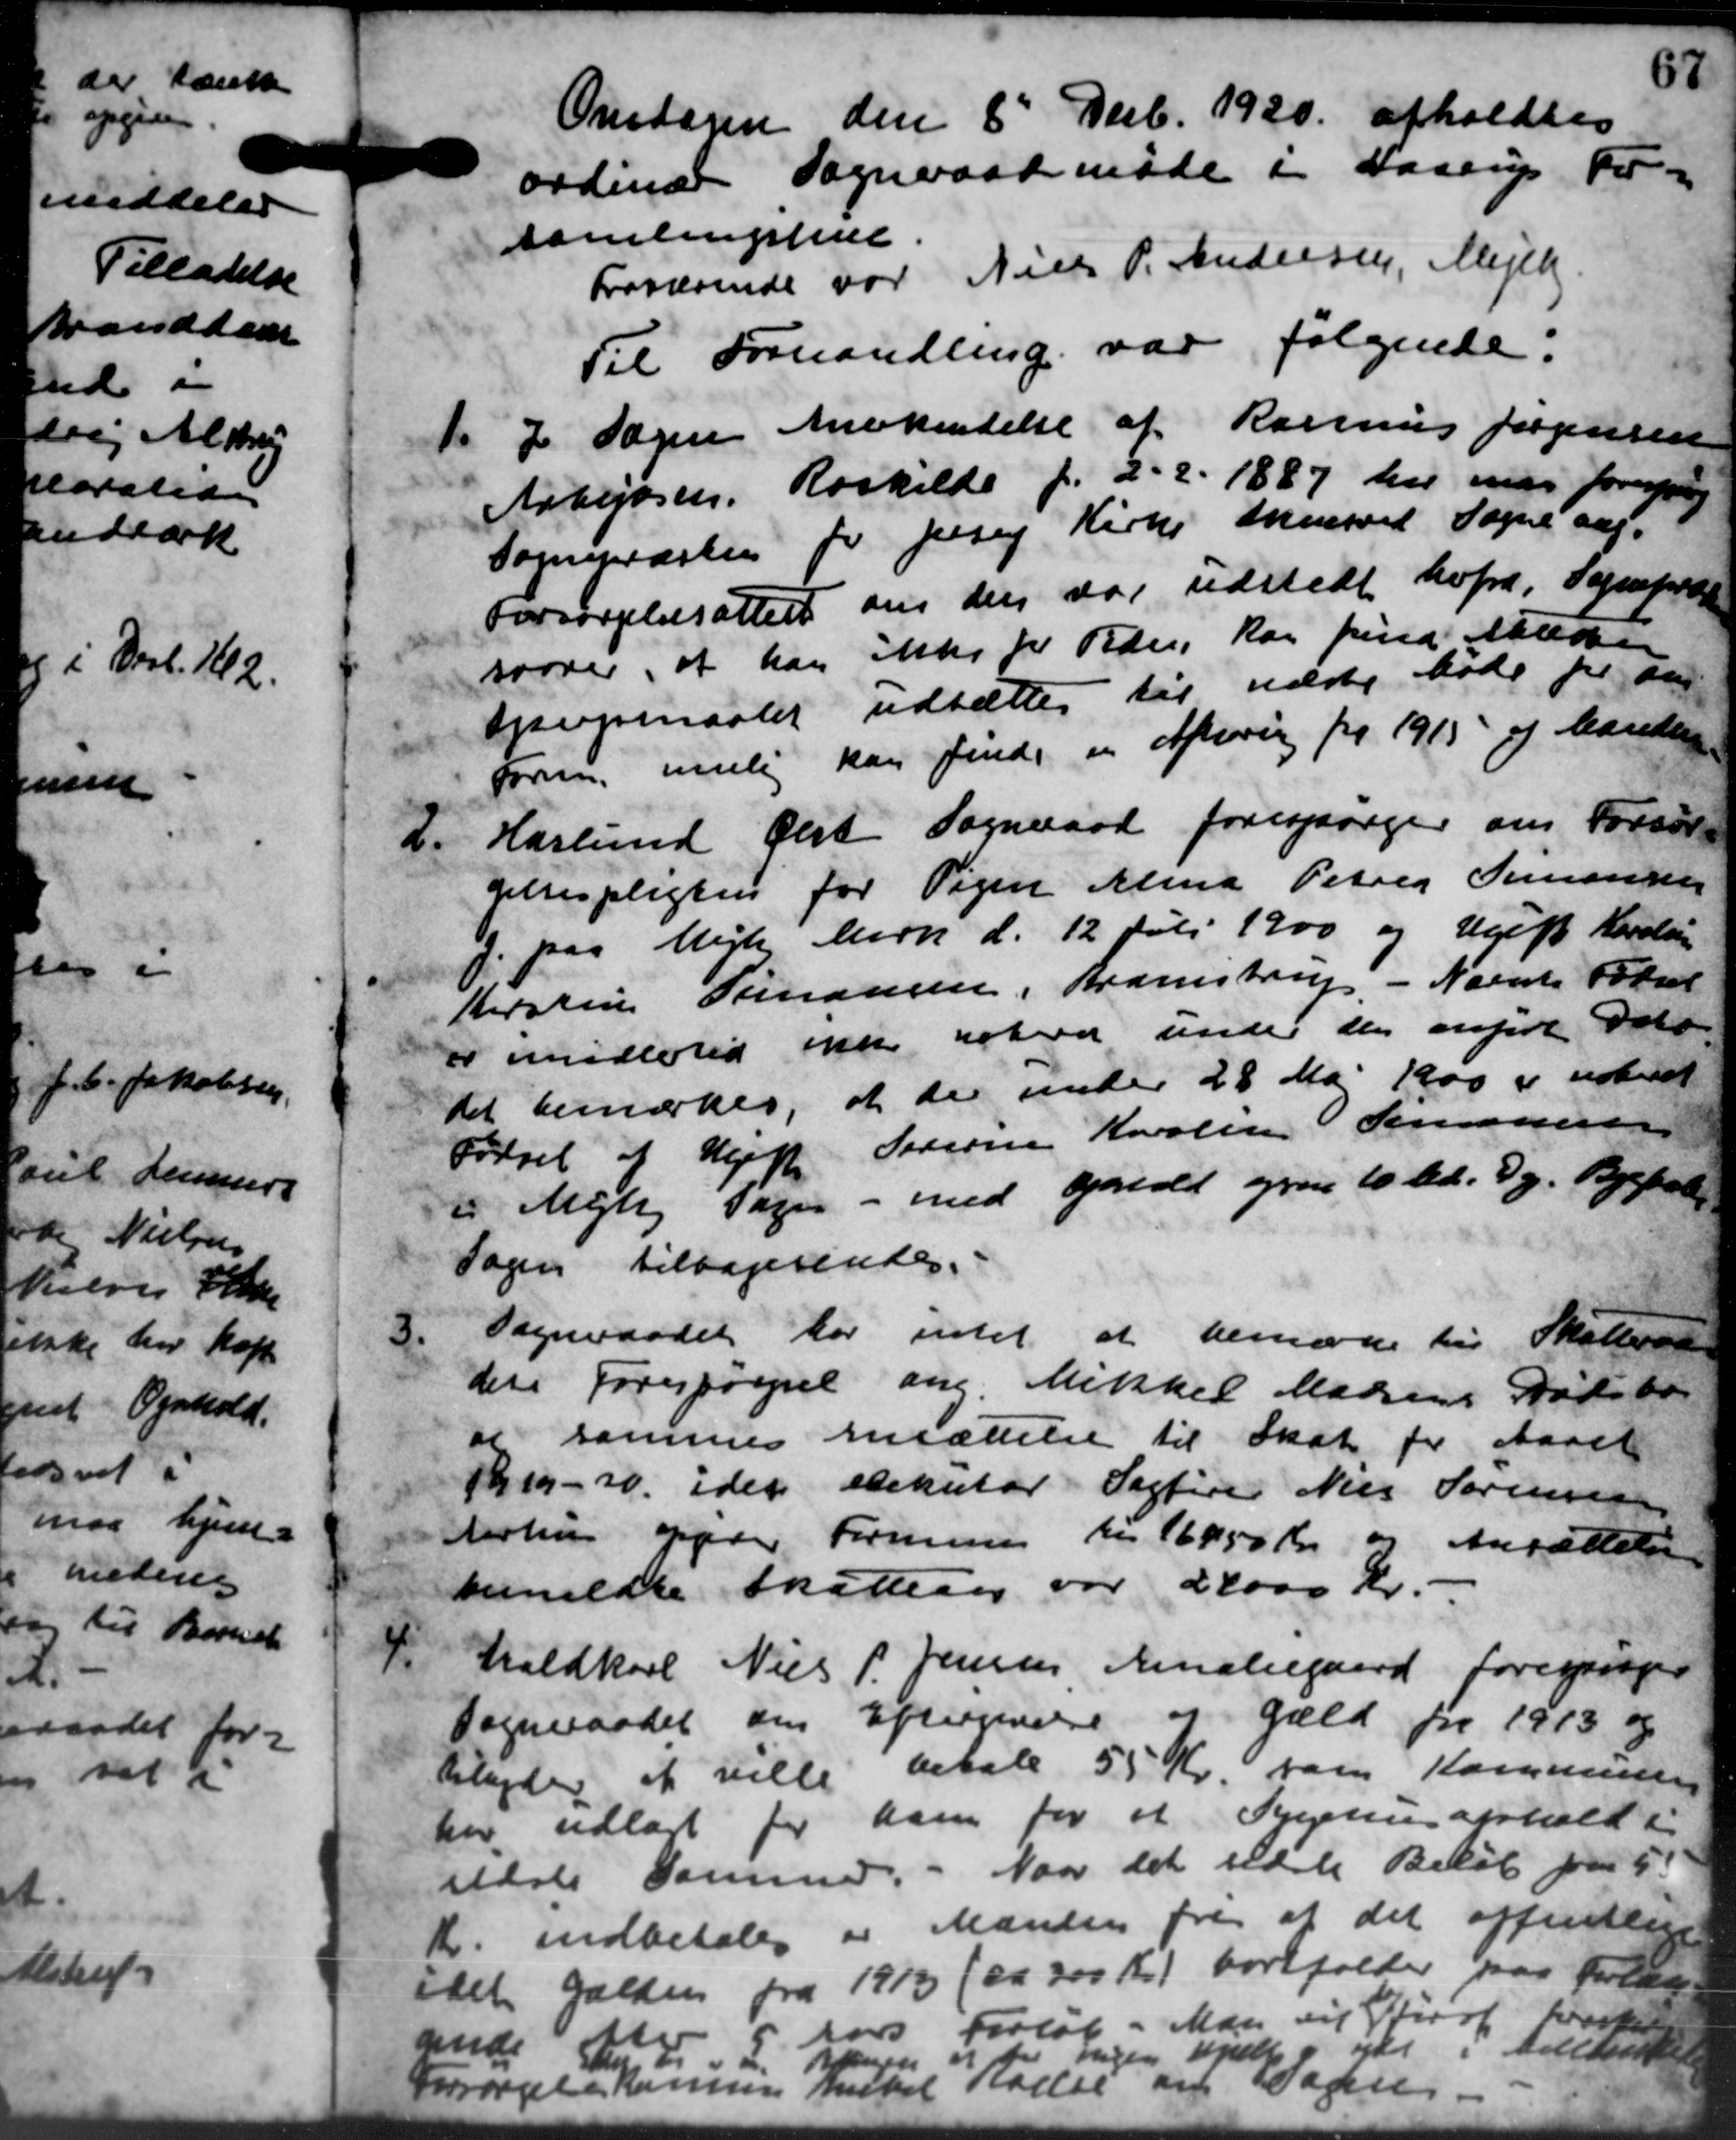
Transskription:
Onsdagen den 8d Decb. 1920 afholdtes
ordinær Sogneraadsmøde i Haarup For-
samlingshus
Fraværende var Niels P. Andersen, Mejlby
Til Forhandling var følgende.
1.
I Sagen Anerkentelse af Rasmus Jørgensen
Arbejdsen. Roskilde f. 2 - 2. 1887 har man forespørg
Sognepræster for Jesey Kirke Marved Sogne ang.
Forsørgelsesattest om den var udstedt hvfra, Sognepræs
svarer, at han ikke pr Tiden, kan finde Alde
spørgsmaalet udsættes til udste Møde pr da
form mulig kan finde en Afhøring for 1915 og handlin
2.
Haslund Ølst Sogneraad forespørger om Forsør-
gelsespligten for Pigen Mina Petrig Simonsen
. paa Mejl Mern d. 12 Juli 1900 og Ugift Karolin
Kirstine Johansen, Bramstrup - Nævnte Forret
er imidlertid ikke rota under den angive Dato.
det bemærkes, at der under 28 Mai 1900 er udbedet
Fødsel af Ugift Sørerne Karolin Simonsen
i Mejlby Sogen - med Ophold gjen 10 bd. g. Bygbal
Sagen tilbagesendes.
3.
Sogneraadet har intet at bemærke til Skatteraad
den Forespørgsel ang. Mikkel Madsens Dødsbor
or sammes Ansættelse til Skat for Aaret
119-20. idet exekutor Sagfører Niels Sørensen
Aarhus oppeder Formuen til 16950 Kr. og Ansættelse
bemeldte skatten var 24000 Kr.
4.
taldkarl Niels P. Jensen Amaliegaard forespørger
gæld pa 1913 og
Sogneraadet om Eftergivelse af
tilader at ville betale 55 Kr. som Kommunen
har udlagt for ham for et Sygehus afhold i
uldste Sammer. - Naar det udste Beløb paa 5
K. indbetales er Manden fra af det offentlige
idet Gælden fra 1913 (ca 300 Kr.) bortfalder paa forlan
sende til 4 5 Aars Forløb. Man vil Straf hvorti
nn ningen upelt i yde i Aalbæk
Forsørgelse kommen hvilket Haelse om Sagene.